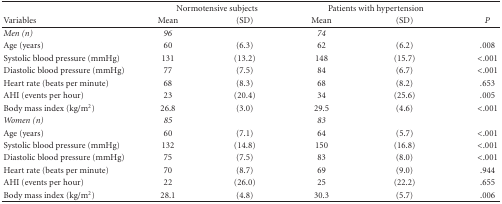
|  | <COLSPAN=2> Normotensive subjects | <COLSPAN=2> Patients with hypertension |  |
 | Variables | Mean | (SD) | Mean | (SD) | P |
 | --- | --- | --- | --- | --- | --- |
 | Men (n) | 96 |  | 74 |  |  |
 | Age (years) | 60 | (6.3) | 62 | (6.2) | .008 |
 | Systolic blood pressure (mmHg) | 131 | (13.2) | 148 | (15.7) | <.001 |
 | Diastolic blood pressure (mmHg) | 77 | (7.5) | 84 | (6.7) | <.001 |
 | Heart rate (beats per minute) | 68 | (8.3) | 68 | (8.2) | .653 |
 | AHI (events per hour) | 23 | (20.4) | 34 | (25.6) | .005 |
 | Body mass index (kg/m2) | 26.8 | (3.0) | 29.5 | (4.6) | <.001 |
 | Women (n) | 85 |  | 83 |  |  |
 | Age (years) | 60 | (7.1) | 64 | (5.7) | <.001 |
 | Systolic blood pressure (mmHg) | 132 | (14.8) | 150 | (16.8) | <.001 |
 | Diastolic blood pressure (mmHg) | 75 | (7.5) | 83 | (8.0) | <.001 |
 | Heart rate (beats per minute) | 70 | (8.7) | 69 | (9.0) | .944 |
 | AHI (events per hour) | 22 | (26.0) | 25 | (22.2) | .655 |
 | Body mass index (kg/m2) | 28.1 | (4.8) | 30.3 | (5.7) | .006 |